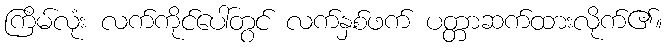
ကြိမ်လုံး လက်ကိုင်ပေါ်တွင် လက်နှစ်ဖက် ပတ္တာဆက်ထားလိုက်၏။